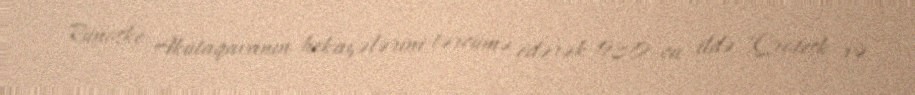
Rünoske Akutaqavanın hekayələrini tərcümə edərək 1930-cu ildə "Qrotesk və